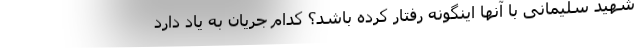
شهید سلیمانی با آنها اینگونه رفتار کرده باشد؟ کدام جریان به یاد دارد